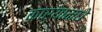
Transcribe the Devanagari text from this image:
कार्यामधे